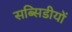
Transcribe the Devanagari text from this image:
सब्सिडीयों